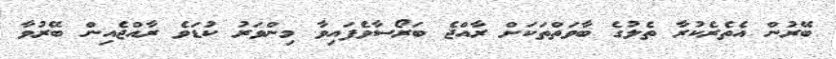
ބޭރުން އެތެރެކުރާ ތެލުގެ ބާވަތްތަކަށް ރާއްޖެ ބަރޯސާވެފައިވާ މިންވަރު ކުޑަވެ ރާއްޖެއިން ބޭރުވާ